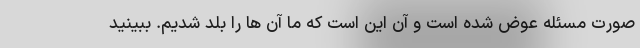
صورت مسئله عوض شده است و آن این است که ما آن ها را بلد شدیم. ببینید